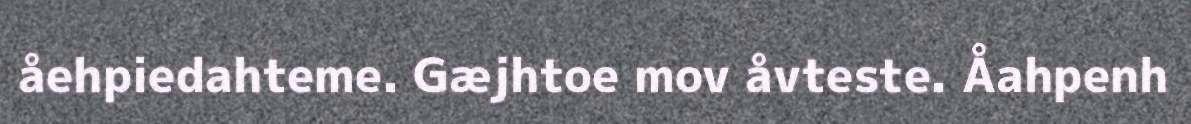
åehpiedahteme. Gæjhtoe mov åvteste. Åahpenh